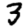
Digit: 3